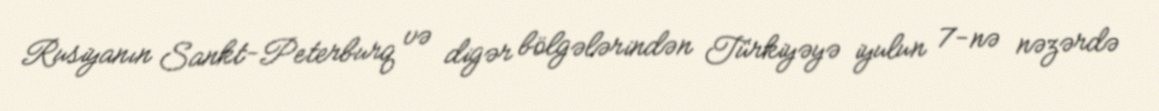
Rusiyanın Sankt-Peterburq və digər bölgələrindən Türkiyəyə iyulun 7-nə nəzərdə